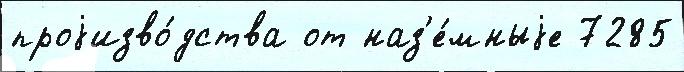
проjизво́дства от наз'е́мныjе 7285